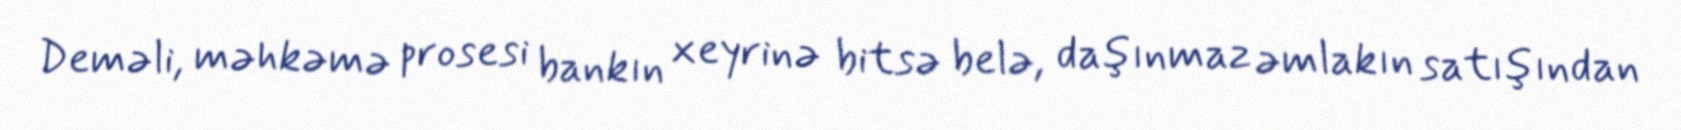
Deməli, məhkəmə prosesi bankın xeyrinə bitsə belə, daşınmaz əmlakın satışından